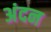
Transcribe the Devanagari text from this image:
अंदन